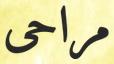
مراحى